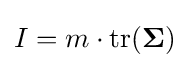
I=m\cdot \operatorname {tr} ({\boldsymbol {\Sigma }})\,\!